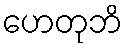
ဟေတုဘိ